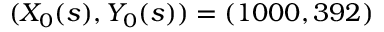
( X _ { 0 } ( s ) , Y _ { 0 } ( s ) ) = ( 1 0 0 0 , 3 9 2 )